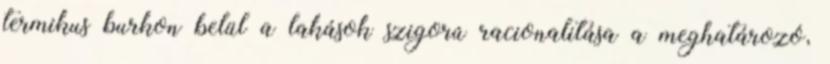
termikus burkon belül a lakások szigorú racionalitása a meghatározó,